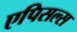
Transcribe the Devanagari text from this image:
एपिसल्स